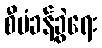
စီမံခန့်ခွဲရေး